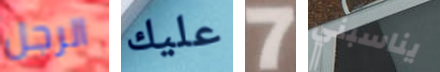
الرجل عليك 7 يناسبني